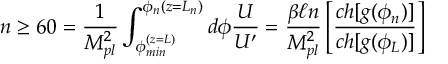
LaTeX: n \geq 6 0 = \frac { 1 } { M _ { p l } ^ { 2 } } \int _ { \phi _ { m i n } ^ { ( z = L ) } } ^ { \phi _ { n } ( z = L _ { n } ) } d \phi \frac { U } { U ^ { \prime } } = \frac { \beta \ell n } { M _ { p l } ^ { 2 } } \left[ \frac { c h [ g ( \phi _ { n } ) ] } { c h [ g ( \phi _ { L } ) ] } \right]